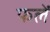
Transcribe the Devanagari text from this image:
फलें